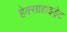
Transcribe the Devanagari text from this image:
हेक्साहाइड्रेट